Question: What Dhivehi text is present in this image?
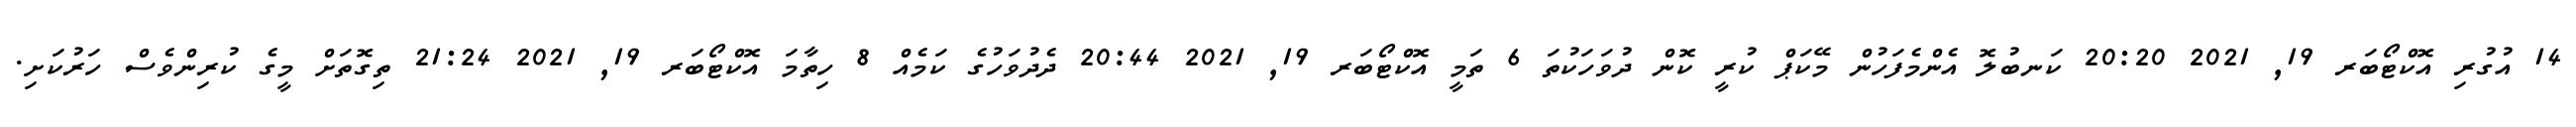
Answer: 14 އުގުރި އޮކްޓޯބަރ 19, 2021 20:20 ކަނބުލޮ އެންމެފަހުން މޭކަޕް ކުރީ ކޮން ދުވަހަކުތަ 6 ތަމީ އޮކްޓޯބަރ 19, 2021 20:44 ދެދުވަހުގެ ކަމެއް 8 ހިތާމަ އޮކްޓޯބަރ 19, 2021 21:24 ތިގޮތަށް މީގެ ކުރިންވެސް ހަރުކަށި.